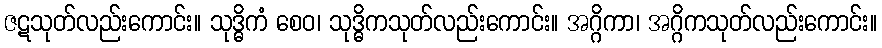
ဇဋသုတ်လည်းကောင်း။ သုဒ္ဓိကံ စေဝ၊ သုဒ္ဓိကသုတ်လည်းကောင်း။ အဂ္ဂိကာ၊ အဂ္ဂိကသုတ်လည်းကောင်း။